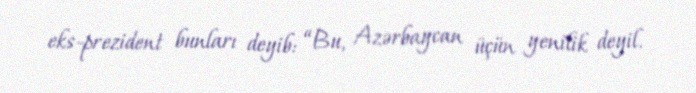
eks-prezident bunları deyib: “Bu, Azərbaycan üçün yenilik deyil.